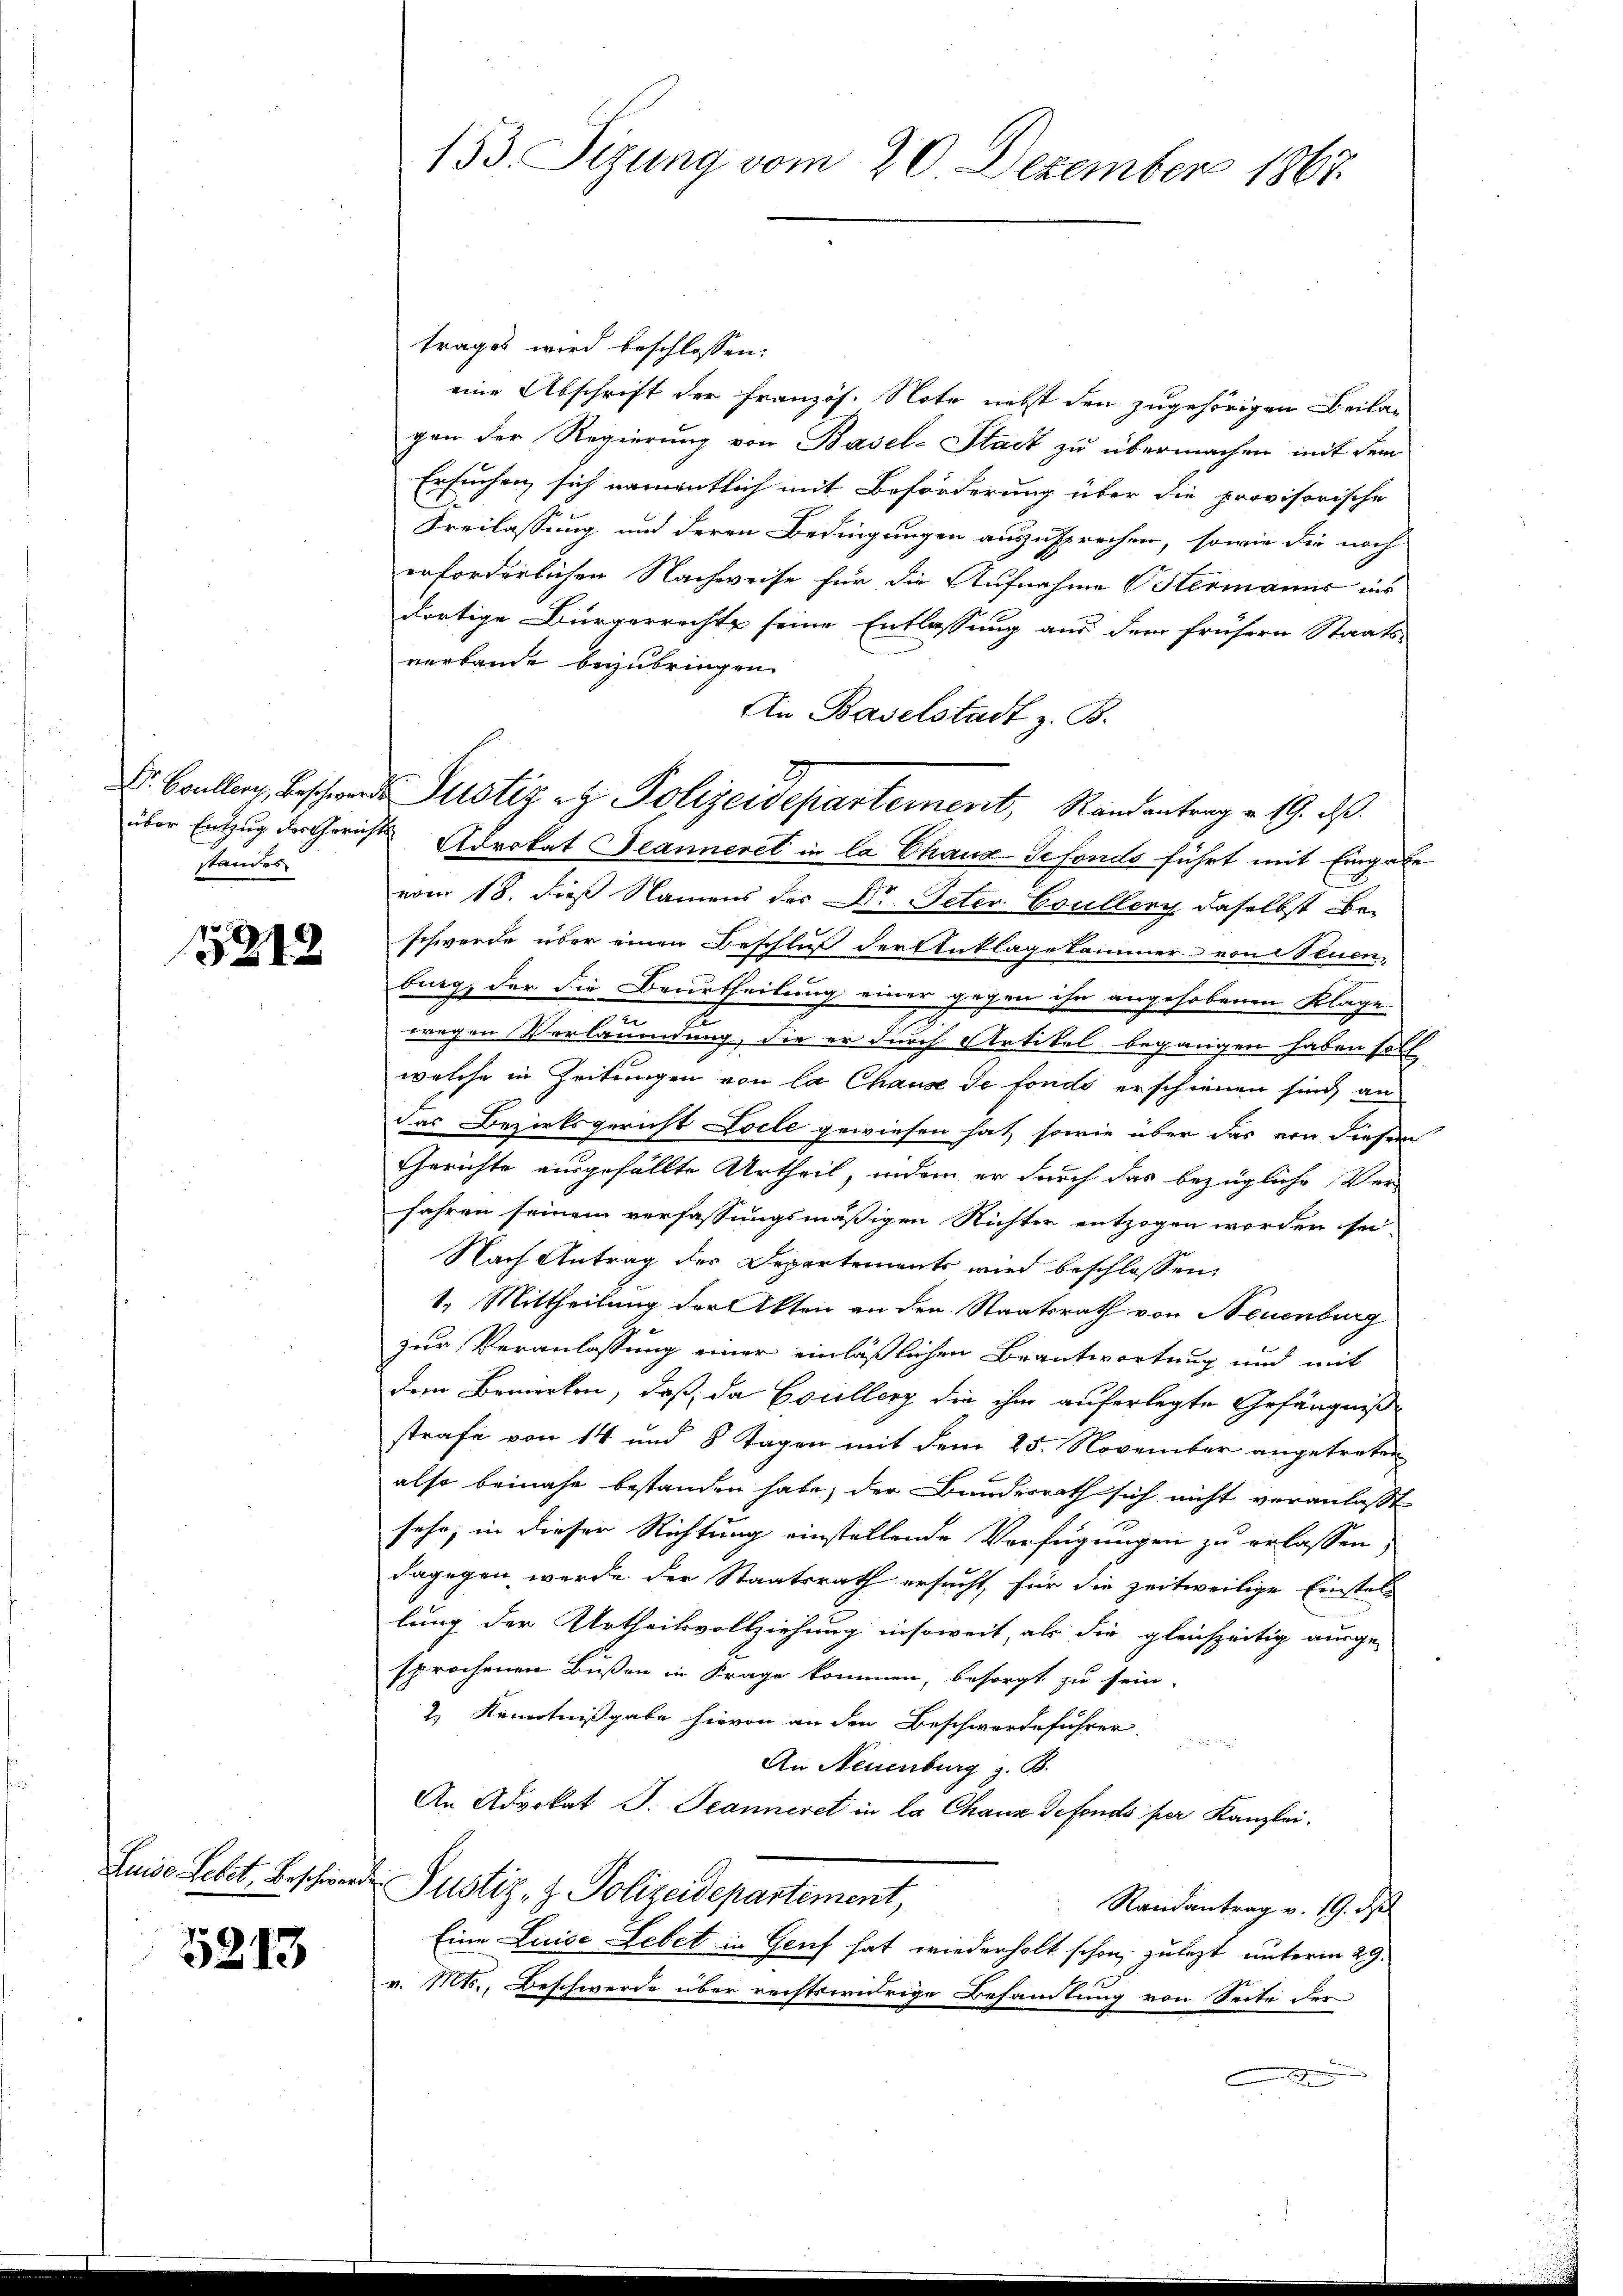
standes

5212

Luise Lebet, Beschieder¬

5213

153. Sizung vom 20. Dezember 1867.

trages wird beschlossen:
eine Abschrift der Französ. Note nebst den zugehörigen Beilan
gen der Regierung von Basel-Stadt zu übermachen mit dem
Ersuchen sich namentlich mit Beförderung über die provisorische
Freilassung und deren Bedingungen auszusprochen, sowie die noch
erforderlichen Nachweise für die Aufnahme Ostermaner ins
dortige Bürgerrechte seine Entlassung aus dem frühern Staats-
verbande beizubringen.
An Baselstadt z. B.
über Entzug des Gericht Advokat Jeanneret in la Chaux-Sefonds führt mit Eingabe
vom 18. dieß Namens des Dr Peter Coullory daselbst Be-
schwerde über einen Beschluß der Anklagekammer von Stuen
burg, der die Beurtheilung einer gegen ihn angehobenen Klage
.
wegen Verläumdung, die er durch Artikel begangen haben soll
welche in Zeitungen von la Chause de fonds erschienen sind, an
das Bezirksgericht Locle gewiesen hat, sowie über das von diesem
Gerichte ausgefällte Urtheil, indem er durch das bezügliche Ver-
fahren seinem verfassungsmäßigen Richter entzogen worden sei,
Nach Antrag der Departements wird beschlossen:
1.) Mittheilung der Akten an den Staatsrath von Neuenburg
zur Veranlassung einer einläßlichen Beantwortung und mit
dem Bemerken, daß, da Esullerg die ihm auferlegte Gefängniß
strafe von 14 und 8 Tagen mit dem 25. November angetreten
also beinahe bestanden habe, der Bunderrath sich nicht veranlaßt
sehr, in dieser Richtung einstellende Verfügungen zu erlassen,
dagegen werde der Staatsrath ersucht, für die zeitweilige Einstellung der Urtheilsvollziehung insoweit, als die gleichzeitig ausge-
sprochenen Bußen in Frage kommen, besorgt zu sein.
2) Kenntnißgabe hievon an den Beschwerdeführer

An Neuenburg z. B.
An Advokat J. Jeanneret in la Chaux defonds per Kanzlei.
Justiz- & Polizeidepartement,
Randantrag v. 19. d
Eine Luise Lebet in Genf hat wiederholt schon, zulezt unterm 29.
v. Mts., Beschwerde über rechtswidrige Behandlung von Seite der
e

. Bollen, beschwerde Justiz & Polizeidepartement, Randantrag v. 19. ds.